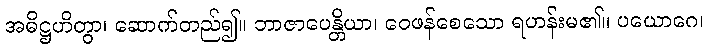
အဓိဋ္ဌဟိတွာ၊ ဆောက်တည်၍။ ဘာဇာပေန္တိယာ၊ ဝေဖန်စေသော ရဟန်းမ၏။ ပယောဂေ၊